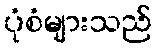
ပုံစံများသည်